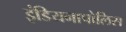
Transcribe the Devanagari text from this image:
इंडियनापोलिस